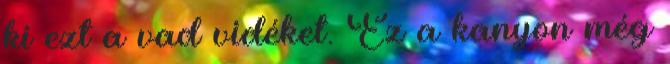
ki ezt a vad vidéket. Ez a kanyon még